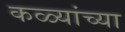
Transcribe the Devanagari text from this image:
कळ्यांच्या